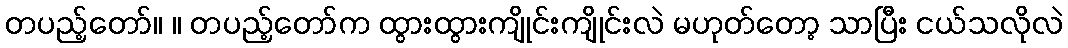
တပည့်တော်။ ။ တပည့်တော်က ထွားထွားကျိုင်းကျိုင်းလဲ မဟုတ်တော့ သာပြီး ငယ်သလိုလဲ